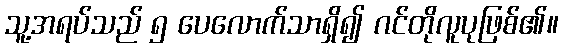
သူ့အရပ်သည် ၅ ပေလောက်သာရှိ၍ ဂင်တိုလူပုဖြစ်၏။